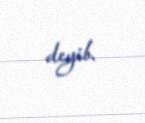
deyib.